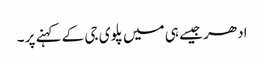
ادھر جیسے ہی میں پلوی جی کے کہنے پر ۔